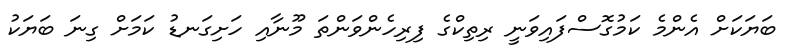
ބަޔަކަށް އެންމެ ކަމުގޮސްފައިވަނީ ރިތިކްގެ ފިރިހެންވަންތަ މޫނާއި ހަށިގަނޑު ކަމަށް ގިނަ ބަޔަކު